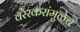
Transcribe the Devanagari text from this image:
वरेरकरांमुळेच